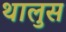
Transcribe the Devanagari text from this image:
थालुस